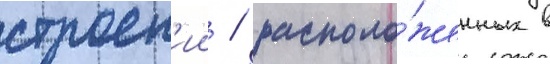
строен'ии / располо́женных в